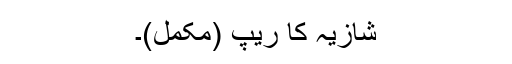
شازیہ کا ریپ (مکمل)۔